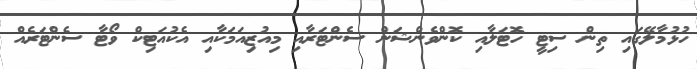
ހުޅުމާލޭގައި ތިން ސިޓީ ހޮޓަލާއި ކޮންވެންޝަން ސެންޓަރާއި މިއުޒިއަމަކާއި އެކުއަޓިކް ވޯޓާ ސެންޓަރެއް